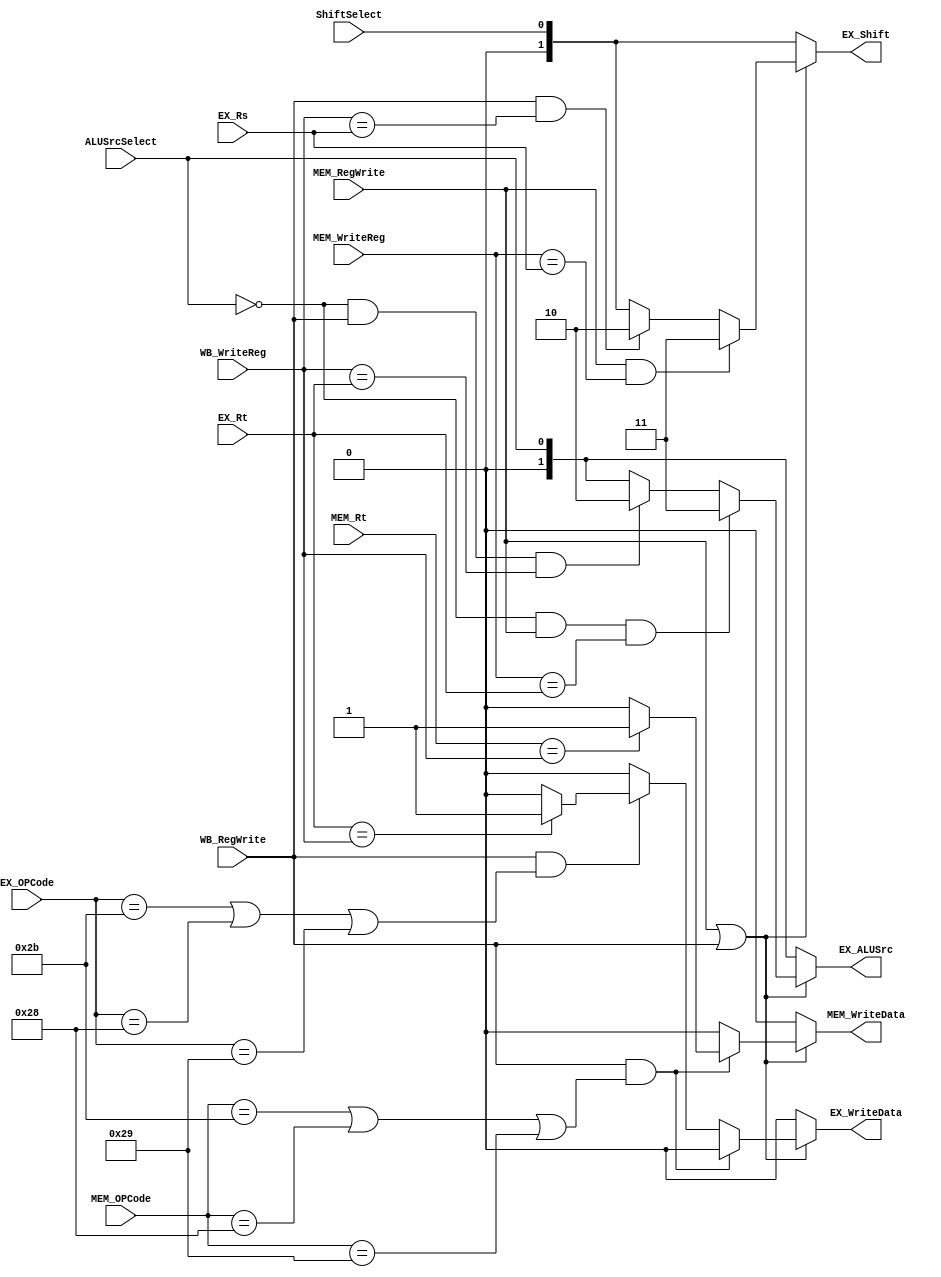
`timescale 1ns / 1ps
//////////////////////////////////////////////////////////////////////////////////
// Company: 
// Engineer: 
// 
// Design Name: 
// Module Name: fowardingUnit
// Project Name: 
// Target Devices: 
// Tool Versions: 
// Description: 
// 
// Dependencies: 
// 
// Revision:
// Revision 0.01 - File Created
// Additional Comments:
// 
//////////////////////////////////////////////////////////////////////////////////

/*synopsys attribute fpga_dont_touch "true" */
module forwardingUnit(EX_Rs, EX_Rt, MEM_Rt, MEM_WriteReg, WB_WriteReg, MEM_RegWrite, WB_RegWrite, ALUSrcSelect, ShiftSelect,
                      EX_OPCode, MEM_OPCode, EX_ALUSrc, EX_Shift, MEM_WriteData, EX_WriteData);

/*synopsys attribute fpga_dont_touch "true" */

input[5:0] MEM_OPCode, EX_OPCode;
input [4:0]  EX_Rs, EX_Rt, MEM_Rt, MEM_WriteReg, WB_WriteReg;

input MEM_RegWrite, WB_RegWrite, ALUSrcSelect, ShiftSelect;
output reg [1:0] EX_ALUSrc, EX_Shift;
output reg MEM_WriteData, EX_WriteData; 

reg [4:0] MEM_dependency, WB_dependency;

    always @(EX_Rs, EX_Rt, MEM_WriteReg, WB_WriteReg, MEM_RegWrite, WB_RegWrite, ALUSrcSelect, ShiftSelect, MEM_OPCode, MEM_Rt, EX_OPCode)begin
    
        EX_Shift = 0;
        EX_ALUSrc = 0;
        MEM_WriteData = 0;
        EX_WriteData = 0;
    
        if(MEM_RegWrite || WB_RegWrite) begin
        
        
                if(MEM_RegWrite && MEM_WriteReg == EX_Rs) 
                    EX_Shift <= 2'b11;
                else if (WB_RegWrite && WB_WriteReg == EX_Rs)
                    EX_Shift <= 2'b10;
                else
                    EX_Shift <= ShiftSelect;
                    
                    
                if(!ALUSrcSelect && MEM_RegWrite && MEM_WriteReg == EX_Rt)
                    EX_ALUSrc <= 2'b11;
                else if (!ALUSrcSelect && WB_RegWrite && WB_WriteReg == EX_Rt)
                    EX_ALUSrc <= 2'b10;
                else
                    EX_ALUSrc <= ALUSrcSelect;
            
           
            
            //forwarding back to write data
            //sw, sh,sb
            if(WB_RegWrite && (MEM_OPCode == 6'b101011 || MEM_OPCode == 6'b101000 || MEM_OPCode == 6'b101001)) begin
            
                if(MEM_Rt == WB_WriteReg)
                    MEM_WriteData <= 1;
                
            end
            //sw, sh, sb
            else if(WB_RegWrite && (EX_OPCode == 6'b101011 || EX_OPCode == 6'b101000 || EX_OPCode == 6'b101001)) begin
            
                if(EX_Rt == WB_WriteReg)
                    EX_WriteData <= 1;
            
            end               
            
        end
        
        else begin //no dependencies in memory or writeback
        
            EX_Shift <= ShiftSelect;
            EX_ALUSrc <= ALUSrcSelect;
        end
        

        
    end  

endmodule